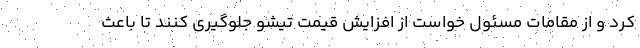
کرد و از مقامات مسئول خواست از افزایش قیمت تیشو جلوگیری کنند تا باعث